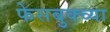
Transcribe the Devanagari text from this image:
फेसबुक्च्या